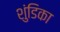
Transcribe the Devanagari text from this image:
शुंडिका